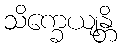
သိက္ခေယျန္တိ